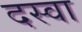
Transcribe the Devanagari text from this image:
दस्वा